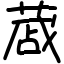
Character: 蒧